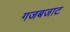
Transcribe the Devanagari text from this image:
गजबजाट